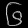
Digit: ၆